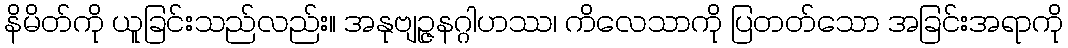
နိမိတ်ကို ယူခြင်းသည်လည်း။ အနုဗျဉ္ဇနဂ္ဂါဟဿ၊ ကိလေသာကို ပြတတ်သော အခြင်းအရာကို